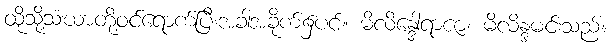
ထိုသို့သံဃာတို့ဝင်ရောက်ပြီးအခါအခိုက်၌ပင်။ မိလိန္ဒေါရာဇာ၊ မိလိန္ဒမင်းသည်။